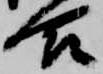
合